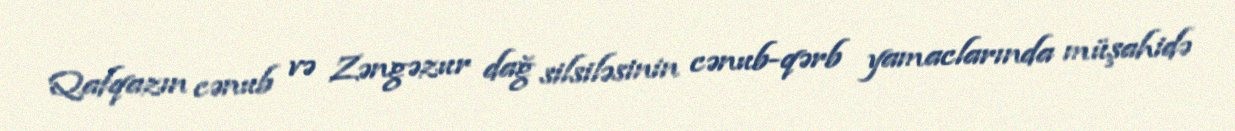
Qafqazın cənub və Zəngəzur dağ silsiləsinin cənub-qərb yamaclarında müşahidə